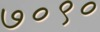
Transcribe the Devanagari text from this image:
७०९०